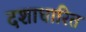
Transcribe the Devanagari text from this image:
दशाधारित